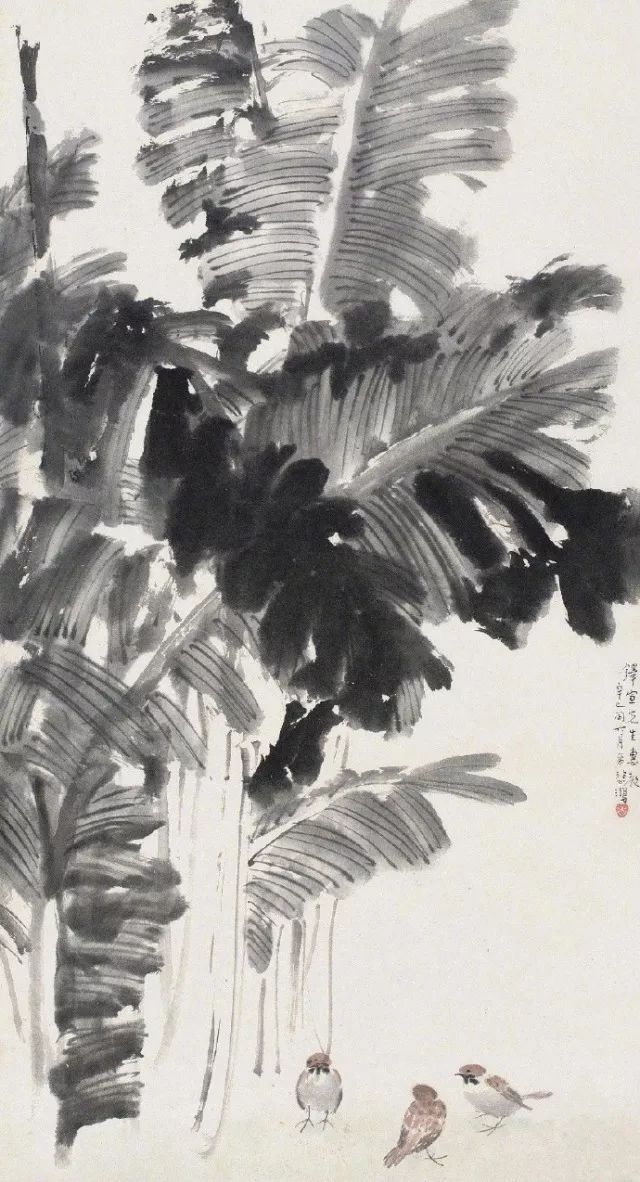
君不见走马川行雪海边，平沙莽莽黄入天。